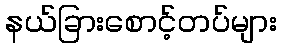
နယ်ခြားစောင့်တပ်များ